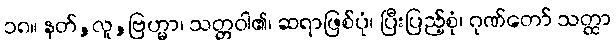
၁၈။ နတ်,လူ,ဗြဟ္မာ၊ သတ္တဝါ၏၊ ဆရာဖြစ်ပုံ၊ ပြီးပြည့်စုံ၊ ဂုဏ်တော် သတ္ထာ